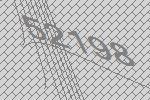
52198